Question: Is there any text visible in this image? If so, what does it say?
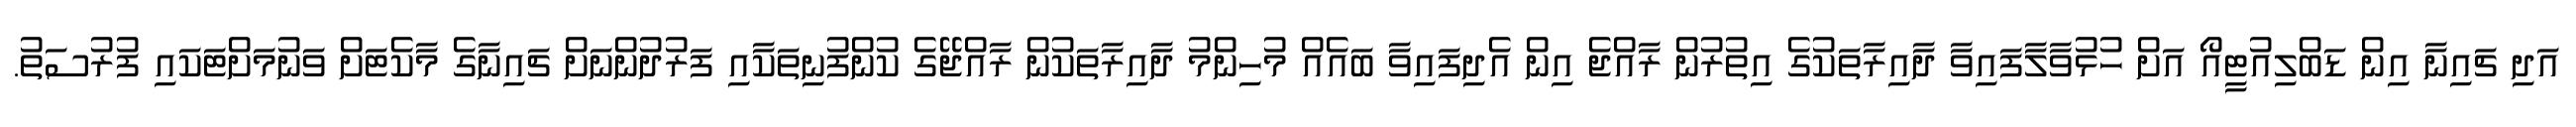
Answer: އަދި ޗައިނާ އިން ޑަބްލިއުޓީއޯ އަށް ހުޅުވާލާފައިވާ ދާއިރާތަކުގެ އިތުރުން ރާއްޖެ އިން އެދިފައިވާ ބައެއް މުހިންމު ދާއިރާތަކުން ރާއްޖޭގެ ކުންފުނިތަކާއި ފަރުދުންނަށް ޗައިނާގެ މާކެޓަށް ވަނުމަށްޓަކައި ފުރުސަތު.